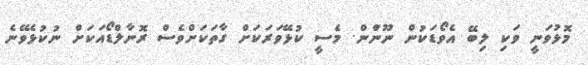
މޮޅުވަނީ ވަކި ލިބޭ އެވޯޑަކުން ނޫންަން. މެސީ ކުޅޭވަރަކަށް ގާތަކަށްވެސް ރޮނާލްޑޯއަކަށް ނުކުޅެވޭނެ